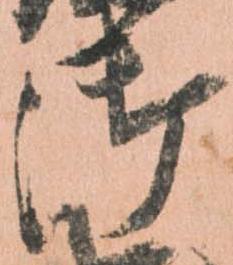
御